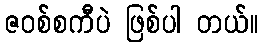
ဇဝစ်စကီပဲ ဖြစ်ပါ တယ်။